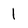
Character: 1